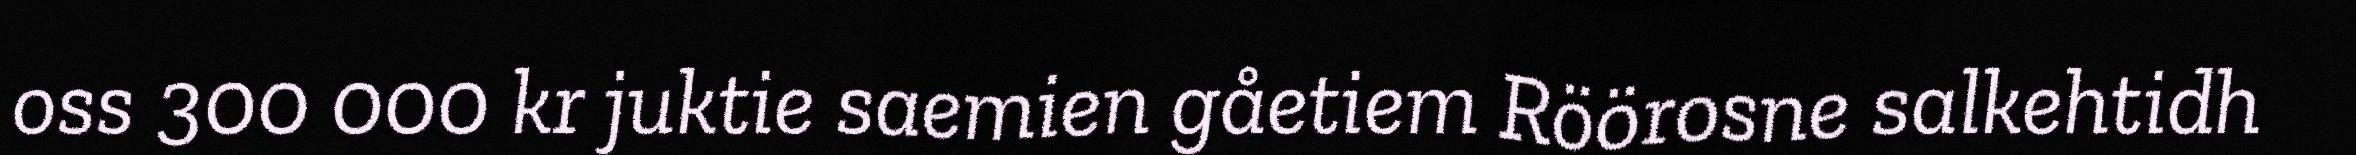
oss 300 000 kr juktie saemien gåetiem Röörosne salkehtidh